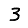
Digit: 3